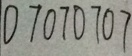
0 7 0 7 0 7 0 7